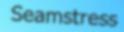
Seamstress